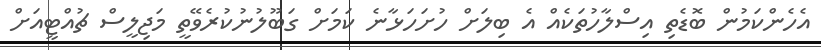
އެހެންކަމުން ބޮޑެތި އިސްލާހުތަކެއް އެ ބިލަށް ހުށަހަޅާނެ ކަމަށް ގަބޫލުނުކުރެވޭތީ މަޖިލީސް ޗުއްޓީއަށް